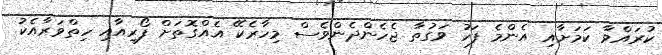
ކުރައްވާ ކަމަށާއި އެންމެ ފަހު ވަގުތާ ޖެހެންދެންވެސް މިހާރެކޭ އެއްގޮތަށް ފޯރިއާއި ހިތްވަރާއެކު